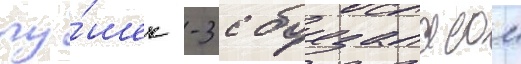
пу́шек -3 с боезапасом